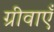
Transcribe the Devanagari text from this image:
ग्रीवाएँ